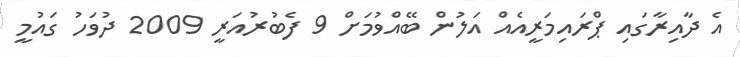
އެ ދާއިރާގައި ޕްރައިމަރީއެއް އަލުން ބޭއްވުމަށް 9 ފެބުރުއަރީ 2009 ދުވަހު ގައުމީ